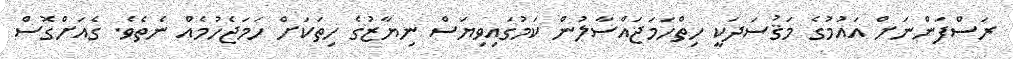
ރަސްފަންނަށް އައުމުގެ މަޤުސަދަކީ ހިތްހަމަޖައްސާލުން ކަމުގައިވިޔަސް ނިޔާޒުގެ ހިތަކަށް ހަމަޖެހުމެއް ނެތެވެ. ގެއަށްގޮސް